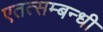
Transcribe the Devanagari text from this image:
एतत्सम्बन्धी